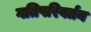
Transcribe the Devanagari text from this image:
गतिपरिवर्तन